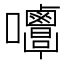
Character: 𡅿